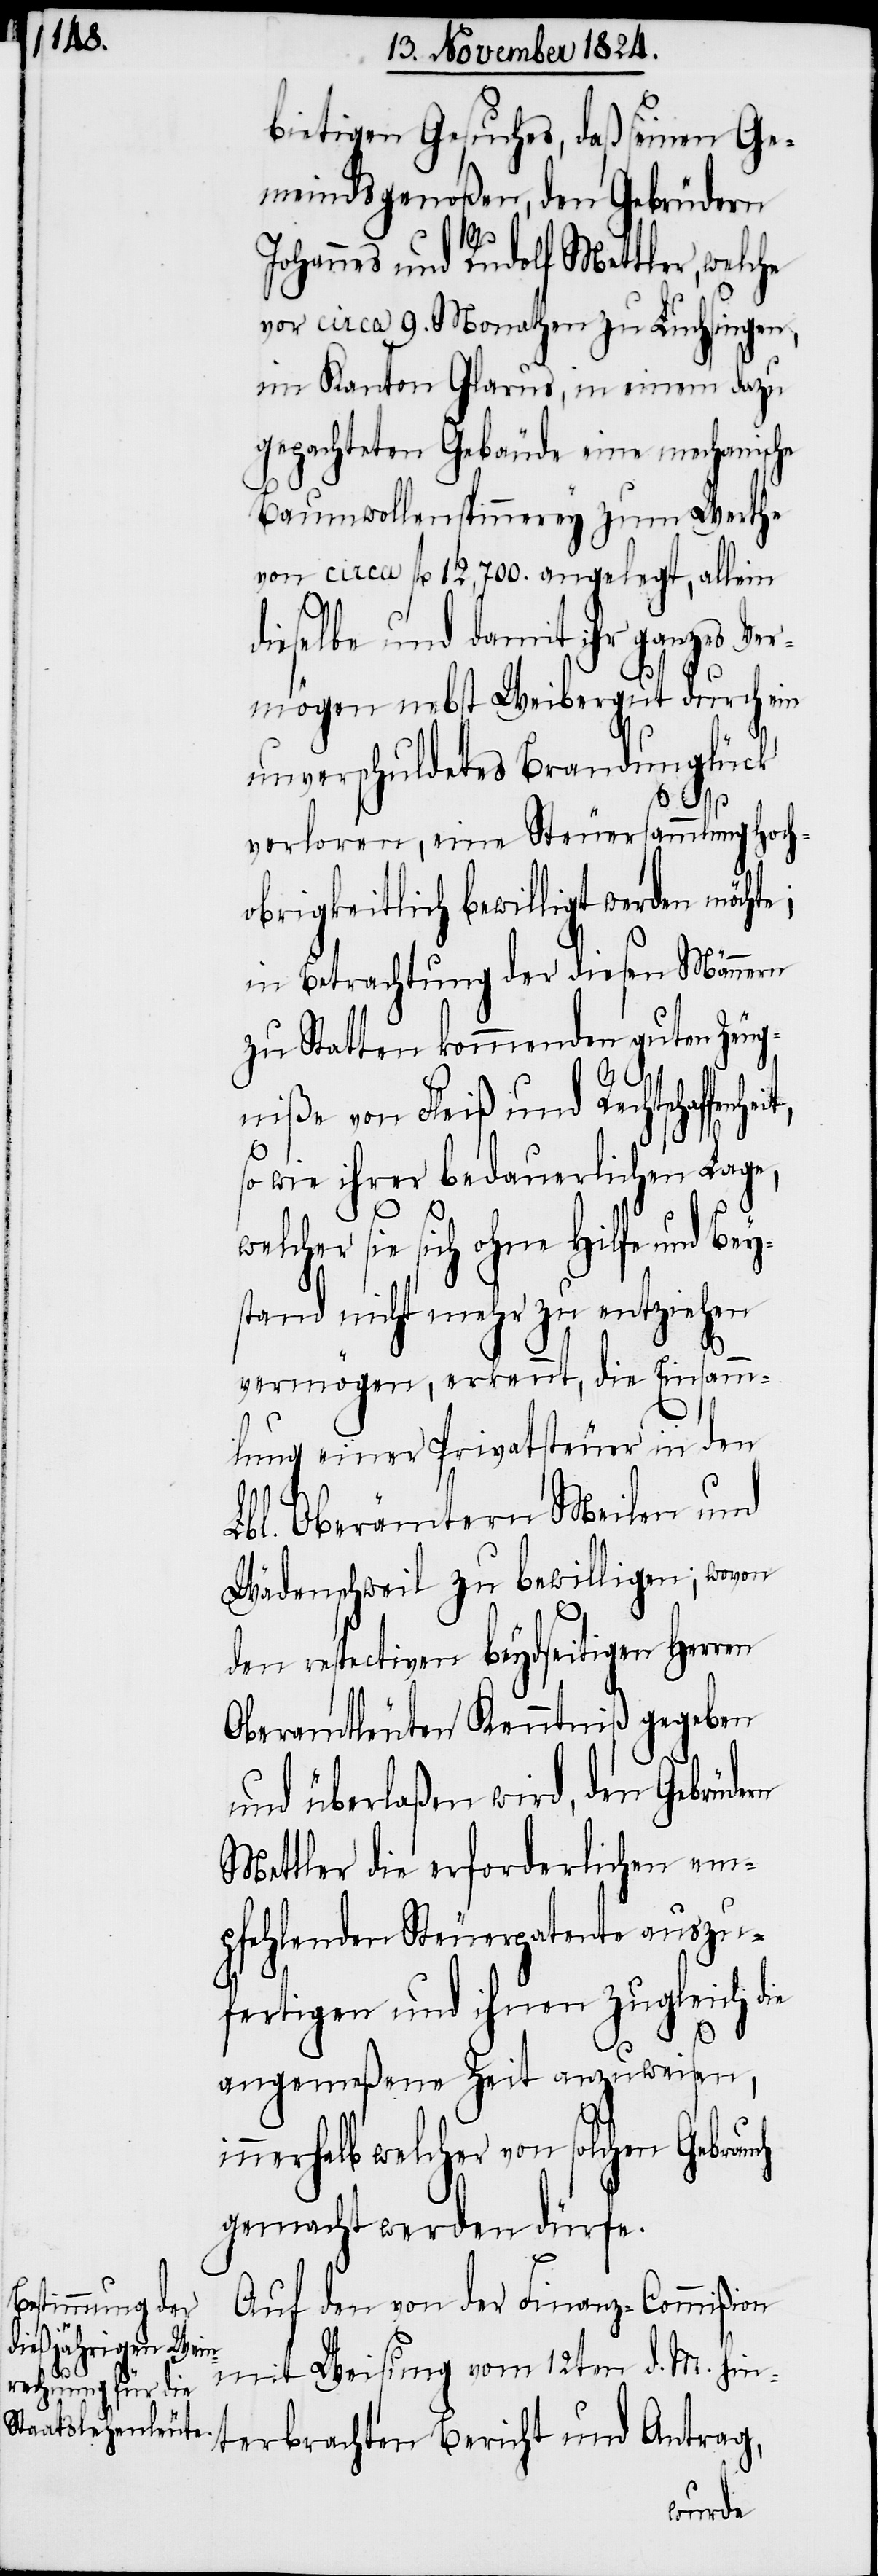
bietigen Gesuches, daß seinen Ge¬
meindsgenoßen, den Gebrüdern
Johannes und Rudolf Mettler, welche
vor circa 9. Monathen zu Luchsingen,
im Kanton Glarus, in einem dazu
gepachteten Gebäude eine mechanische
Baumwollenspinnerey zum Werthe
von circa fl. 12,700. angelegt, allein
heit,
dieselbe und damit ihr ganzes Ver¬
mögen nebst Weibergut durch ein
unverschuldetes Brandunglück
verloren, eine Steuersammlung Hoch¬
obrigkeitlich bewilligt werden möcht¬
in Betrachtung der diesen Männern
zu Statten kommenden guten Zeug¬
niße von Fleiß und Rechtschaffen¬
so wie ihrer bedauerlichen Lage,
welcher sie sich ohne Hilfe und Bey¬
stand nicht mehr zu entziehen
e;
vermögen, erkennt, die Einsamm¬
lung einer Privatsteuer in den
Lbl. Oberämtern Meilen und
Wädenschweil zu bewilligen; wovon
den resptectiven beydseitigen Herren
Oberamtleuten Kenntniß gegeben
und überlaßen wird, den Gebrüdern
Mettler die erforderlichen em¬
pfehlenden Steuerpatente auszu¬
fertigen und ihnen zugleich die
angemeßene Zeit anzuweisen,
innerhalb welcher von solchen Gebrauch
gemacht werden dürfe.
Auf den von der Finanz-Commißion
mit Weisung vom 12ten d. M. hin¬
terbrachten Bericht und Antrag,